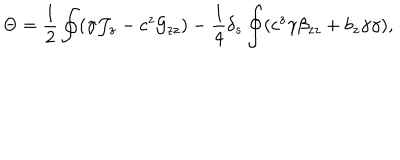
\Theta = { \frac { 1 } { 2 } } \oint ( \gamma { \cal J } _ { z } - c ^ { z } { \cal G } _ { z z } ) - { \frac { 1 } { 4 } } \delta _ { s } \oint ( c ^ { z } \gamma \beta _ { z z } + b _ { z } \gamma \gamma ) ,